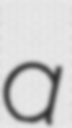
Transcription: a